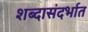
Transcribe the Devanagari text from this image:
शब्दासंदर्भात